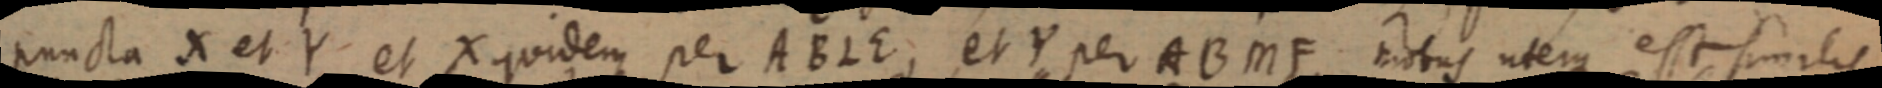
puncta X et Y et X quidem per ABLE, et Y per ABMF. motus uterque est similis